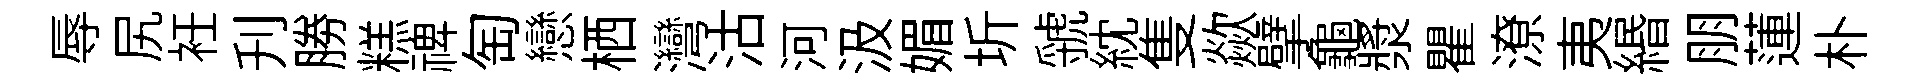
辱尻衽刋勝糕禆匋戀栖灣沽河汲媚圻虢紞隻歘擘龜漿瞿潦夷緡朋蓮朴